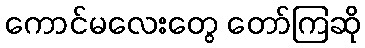
ကောင်မလေးတွေ တော်ကြဆို